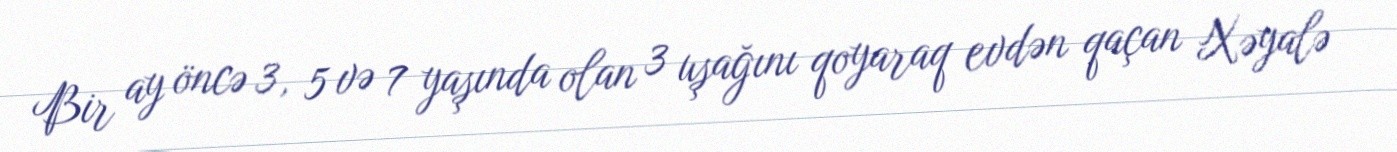
Bir ay öncə 3, 5 və 7 yaşında olan 3 uşağını qoyaraq evdən qaçan Xəyalə